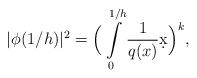
LaTeX: \begin{align*}|\phi_{}(1/h)|^2 = \Big( \int_0^{1/h}\limits \frac{1}{q_{} (x) } \d x \Big)^k,\end{align*}